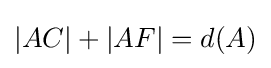
|AC|+|AF|=d(A)